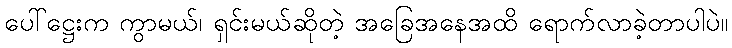
ပေါ်ဋ္ဌေးက ကွာမယ်၊ ရှင်းမယ်ဆိုတဲ့ အခြေအနေအထိ ရောက်လာခဲ့တာပါပဲ။